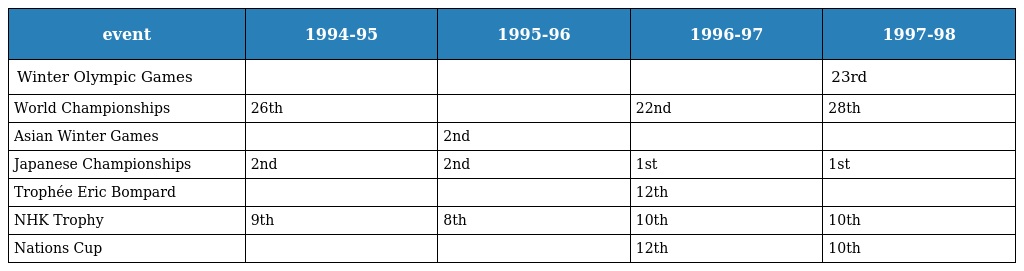
| event | 1994-95 | 1995-96 | 1996-97 | 1997-98 |
 | --- | --- | --- | --- | --- |
 | Winter Olympic Games |  |  |  | 23rd |
 | World Championships | 26th |  | 22nd | 28th |
 | Asian Winter Games |  | 2nd |  |  |
 | Japanese Championships | 2nd | 2nd | 1st | 1st |
 | Trophée Eric Bompard |  |  | 12th |  |
 | NHK Trophy | 9th | 8th | 10th | 10th |
 | Nations Cup |  |  | 12th | 10th |